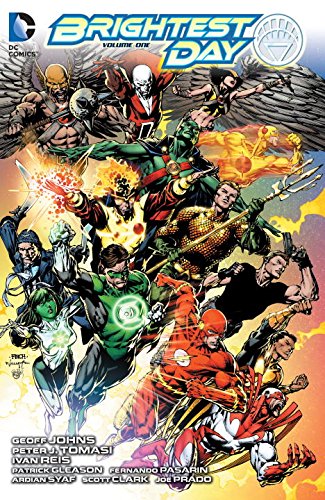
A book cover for Brightest Day Vol. 1; Geoff Johns; Comics & Graphic Novels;